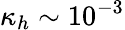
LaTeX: \kappa_{h}\sim 10^{-3}